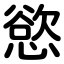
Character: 慾